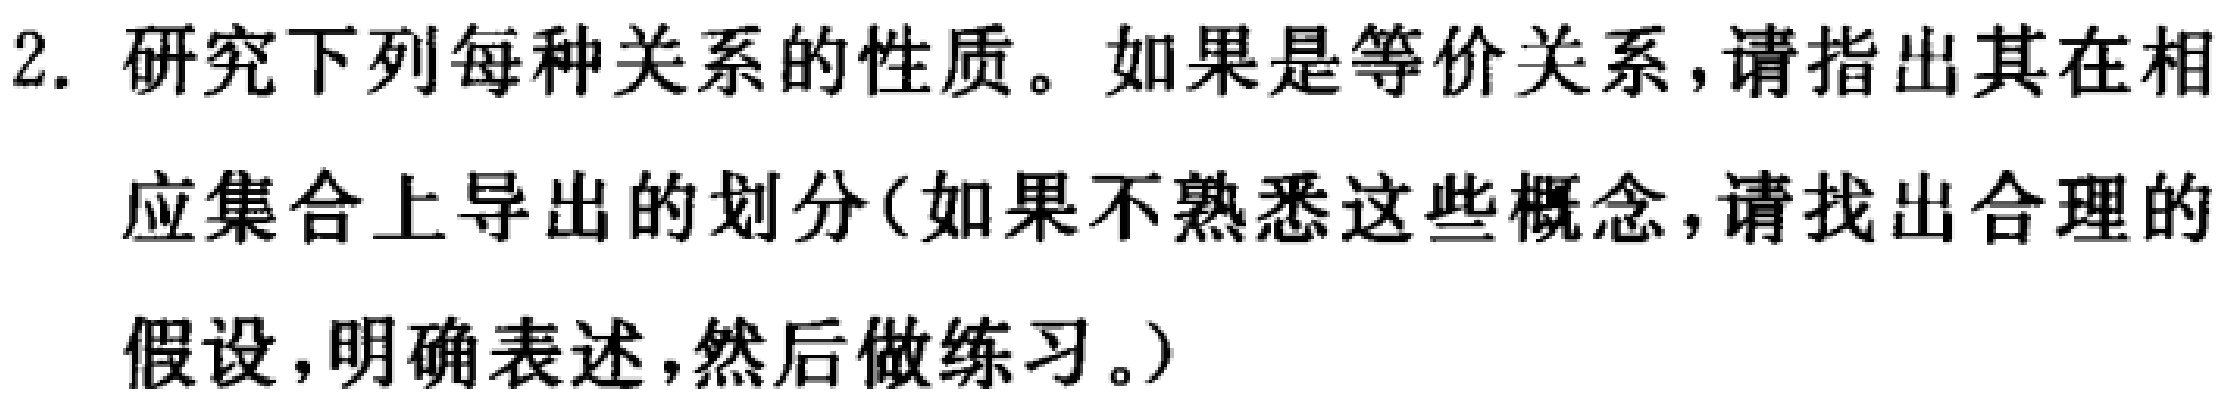
2. 研究下列每种关系的性质。如果是等价关系，请指出其在相
应集合上导出的划分（如果不熟悉这些概念，请找出合理的
假设，明确表述，然后做练习。）